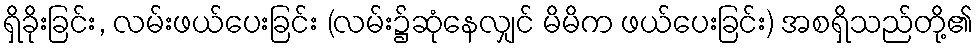
ရှိခိုးခြင်း, လမ်းဖယ်ပေးခြင်း (လမ်း၌ဆုံနေလျှင် မိမိက ဖယ်ပေးခြင်း) အစရှိသည်တို့၏